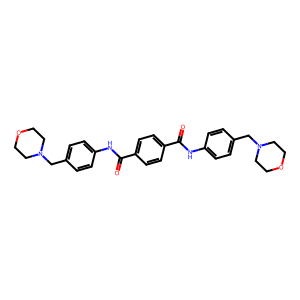
SMILES: O=C(Nc1ccc(CN2CCOCC2)cc1)c1ccc(C(=O)Nc2ccc(CN3CCOCC3)cc2)cc1
Inhibits HIV replication: No